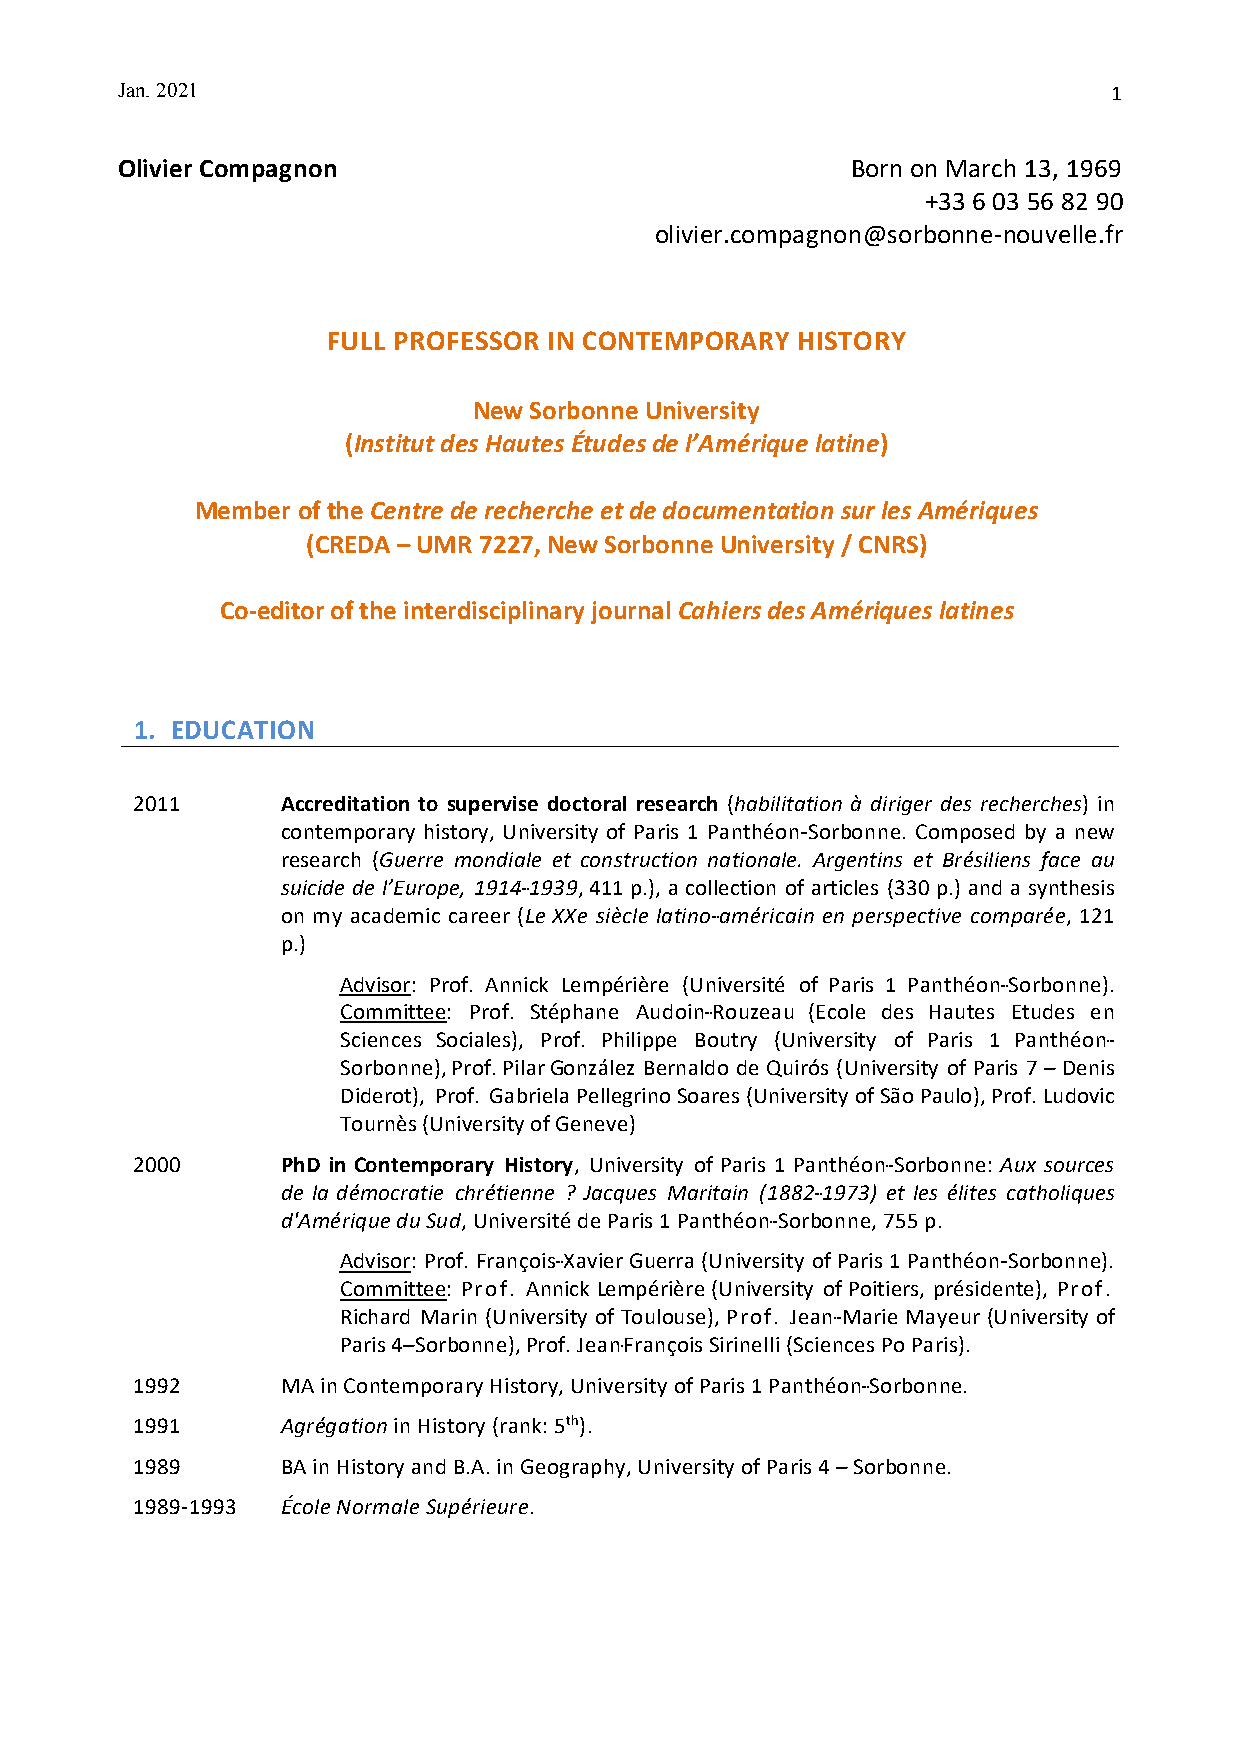
J an. 2021                                                        1
 Olivier Compagnon                               Born on March 13, 1969
 +33 6 03 56 82 90
 olivier.compagnon@sorbonne-nouvelle.fr
 FULL PROFESSOR IN CONTEMPORARY HISTORY
 New Sorbonne University
 (Institut des Hautes Études de l’Amérique latine)
 Member of the Centre de recherche et de documentation sur les Amériques
 (CREDA – UMR 7227, New Sorbonne University / CNRS)
 Co-editor of the interdisciplinary journal Cahiers des Amériques latines
 1. EDUCATION
 2011      Accreditation to supervise doctoral research (habilitation à diriger des recherches) in
 contemporary history, University of Paris 1 Panthéon---Sorbonne. Composed by a new
 research (Guerre mondiale et construction nationale. Argentins et Brésiliens face au
 suicide de l’Europe, 1914---1939, 411 p.), a collection of articles (330 p.) and a synthesis
 on my academic career (Le XXe siècle latino---américain en perspective comparée, 121
 p.)
 Advisor: Prof. Annick Lempérière (Université of Paris 1 Panthéon---Sorbonne).
 Committee: Prof. Stéphane Audoin---Rouzeau (Ecole des Hautes Etudes en
 Sciences Sociales), Prof. Philippe Boutry (University of Paris 1 Panthéon---
 Sorbonne), Prof. Pilar González Bernaldo de Quirós (University of Paris 7 – Denis
 Diderot), Prof. Gabriela Pellegrino Soares (University of São Paulo), Prof. Ludovic
 Tournès (University of Geneve)
 2000      PhD in Contemporary History, University of Paris 1 Panthéon---Sorbonne: Aux sources
 de la démocratie chrétienne ? Jacques Maritain (1882---1973) et les élites catholiques
 d'Amérique du Sud, Université de Paris 1 Panthéon---Sorbonne, 755 p.
 Advisor: Prof. François---Xavier Guerra (University of Paris 1 Panthéon---Sorbonne).
 Committee: Prof. Annick Lempérière (University of Poitiers, présidente), Prof.
 Richard Marin (University of Toulouse), Prof. Jean---Marie Mayeur (University of
 Paris 4–Sorbonne), Prof. Jean-François Sirinelli (Sciences Po Paris).
 1992      MA in Contemporary History, University of Paris 1 Panthéon---Sorbonne.
 1991      Agrégation in History (rank: 5th).
 1989      BA in History and B.A. in Geography, University of Paris 4 – Sorbonne.
 1989-1993 École Normale Supérieure.